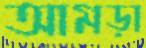
আমড়া